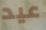
عيد